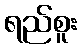
ရည်စူး